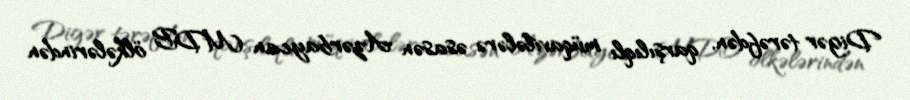
Digər tərəfdən, qarşılıqlı müqavilələrə əsasən Azərbaycan MDB ölkələrindən